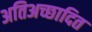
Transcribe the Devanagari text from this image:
अतिअच्छादित